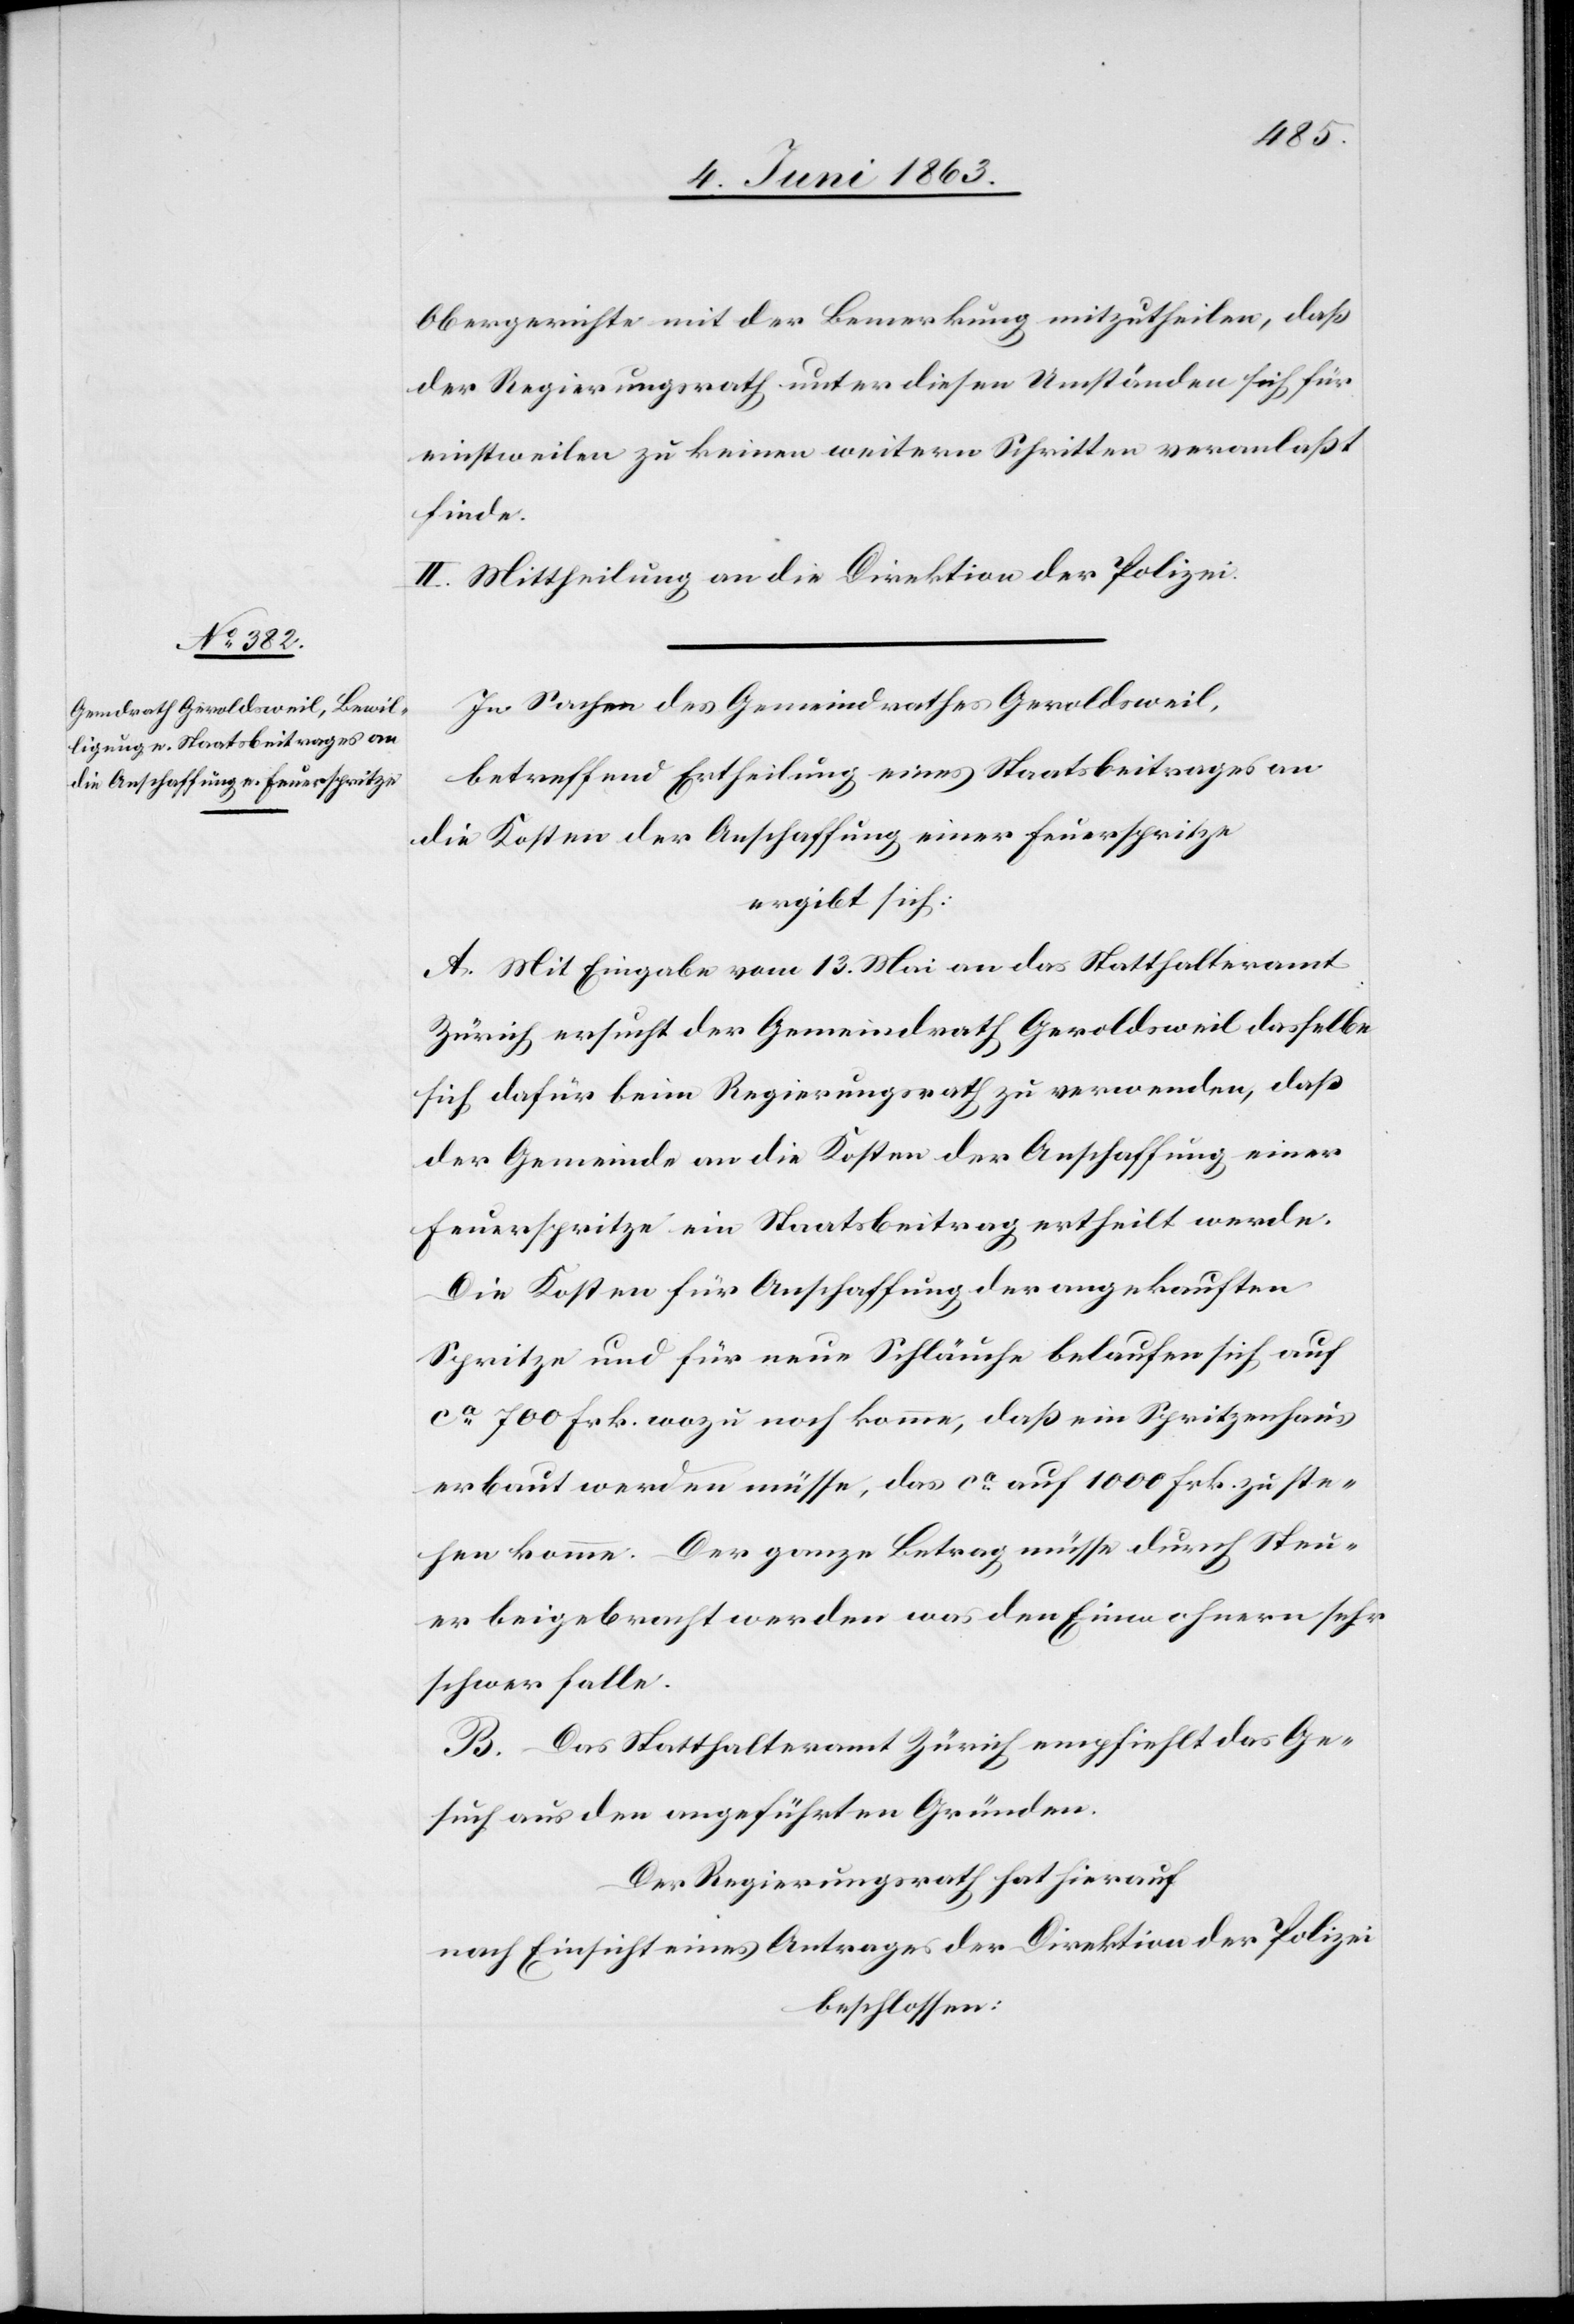
Obergerichte mit der Bemerkung mitzutheilen, daß
der Regierungsrath unter diesen Umständen sich für
einstweilen zu keinen weitern Schritten veranlaßt
finde.
II. Mittheilung an die Direktion der Polizei.
In Sachen des Gemeindrathes Geroldsweil,
betreffend Ertheilung eines Staatsbeitrages an
die Kosten der Anschaffung einer Feuerspritze
ergibt sich:
A. Mit Eingabe vom 13. Mai an das Statthalteramt
Zürich ersucht der Gemeindrath Geroldsweil dasselbe
sich dafür beim Regierungsrath zu verwenden, daß
der Gemeinde an die Kosten der Anschaffung einer
Feuerspritze ein Staatsbeitrag ertheilt werde.
Die Kosten für Anschaffung der angekauften
Spritze und für neue Schläuche belaufen sich auf
ca 700 Frk. wozu noch komme, daß ein Spritzenhaus
erbaut werden müsse, das ca auf 1000 Frk. zu ste¬
hen komme. Der ganze Betrag müsse durch Steu¬
er beigebracht werden was den Einwohnern sehr
schwer falle.
B. Das Statthalteramt Zürich empfiehlt das Ge¬
such aus den angeführten Gründen.
Der Regierungsrath hat hierauf
nach Einsicht eines Antrages der Direktion der Polizei
beschlossen: